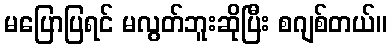
မပြောပြရင် မလွတ်ဘူးဆိုပြီး စဂျစ်တယ်။